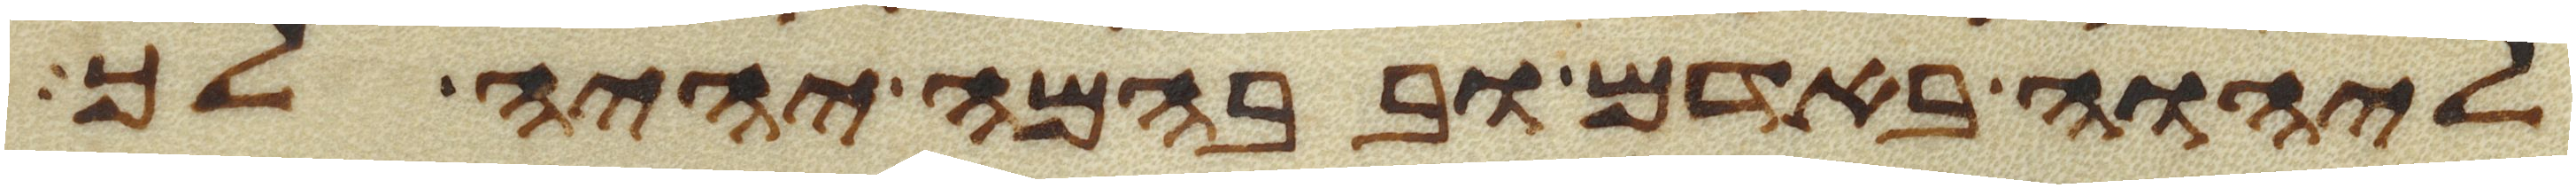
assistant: ליהוה באדם ובבהמה יהיה לך